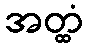
အတ္ထံ